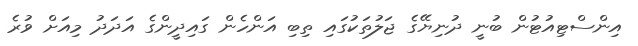
އިންސްޓިއުޓުން ބުނީ ދުނިޔޭގެ ޖަލުތަކުގައި ތިބި އަންހެން ގައިދީންގެ އަދަދު މިއަށް ވުރެ